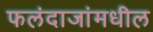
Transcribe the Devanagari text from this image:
फलंदाजांमधील